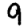
Digit: 9